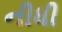
નીધી